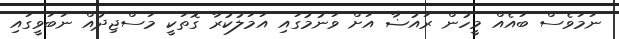
ނަމަވެސް ބައެއް މީހުން ރައުޟާ އަށް ވަނުމުގައި އަމަލުކުރާ ގޮތަކީ މަސްޖިދުއް ނަބަވީގައި